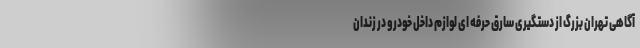
آگاهی تهران بزرگ از دستگیری سارق حرفه ای لوازم داخل خودرو در زندان